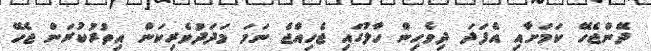
ދޭންޖެހޭ ކަމަށާއި އެފަދަ ދިވެހިން ހާލުގައި ޖެހިއްޖެ ނަމަ މަދަދުވެރިކަން އިތުރުކުރަން ޖެހޭ